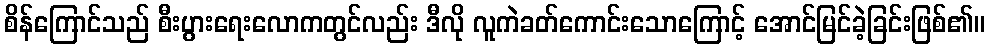
စိန်ကြောင်သည် စီးပွားရေးလောကတွင်လည်း ဒီလို လူကဲခတ်ကောင်းသောကြောင့် အောင်မြင်ခဲ့ခြင်းဖြစ်၏။